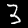
Label: 3